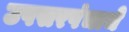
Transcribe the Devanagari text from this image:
उपसरपंचाचे